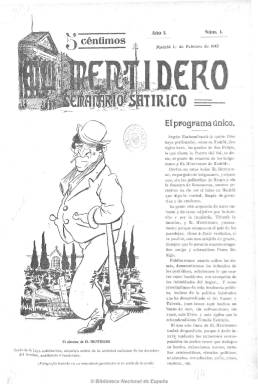
Título: El Mentidero (Madrid)
Colección: Revistas satíricas y humorísticas
Ámbito geográfico: Madrid
Lugar de publicación: Madrid
Fechas: 01/02/1913-15/04/1922

Semanario satírico, dirigido y redactado en su mayor parte por el monárquico-católico Manuel Delgado Barreto (1879-1936), quien pretenderá, sin conseguirlo del todo, seguir la estela del periodismo humorístico político conservador que había dejado la revista Gedeón (1895-1912), a través de invectivas “sin ingenio y puramente horteras”, según palabras de Miguel Mihura, llevadas a cabo por un “escritor vulgar de estilo ácido”, como así calificará Antonio Espina al periodista de origen tinerfeño. Comienza a salir el uno de febrero de 1913, en números de ocho páginas, y después de que el propio Delgado Barreto alcanzará un escaño de diputado en abril de ese año, en la primavera del siguiente adscribirá su publicación a Antonio Maura (1853-1925). Sus campañas de ridiculización y “sátira sangrienta” estuvieron dirigidas a combatir a los que combatían al maurismo, afectando tanto a los líderes oficiales del Partido Conservador como a los del Partido Liberal. Por ejemplo, para identificar al conservador Eduardo Dato (1859-1935) usará el apelativo “Cerato simple”; para el liberal conde de Romanones (1863-1950), “Don Álvaro del Ventilador y la Fresquera”, y para el republicano dirigente del Partido Reformista, Melquíades Álvarez (1864-1936), el de “Cotorrita”. Pero a Maura siempre lo llamará “Don Antonio”.

La revista contará con un protagonista propio, “Don Feliz del Mamporro y de la Sonrisa”, un personaje madrileño de características castizas y chulescas, cuya sección será obra del propio Delgado Barreto, aunque Gómez Aparicio se la atribuya al médico Eduardo C. Gereda. Dedicó mayor espacio a la sátira política e insertó (a modo de coleccionable) un diccionario de este carácter, pero también tuvo secciones de chismografía teatral y taurina. Y aunque la mayor parte de sus textos carecen de firma, entre sus principales colaboradores estuvieron Juan Delgado Barreto (1887-1862) y Ángel  González de Mendoza, hermano y yerno del director, respectivamente; así como los periodistas Juan Manuel Mata Domínguez (1875-1974) y Agustín Rodríguez Bonnat (1873-1925). Y entre sus caricaturistas, Francisco López Rubio (1895-1963) y Gerardo Fernández de la Reguera (1881-1936), que utilizó el seudónimo Areuger.

El mentidero alcanzará gran popularidad y tiradas de hasta 200.000 ejemplares, que, junto a la abundante publicidad comercial inserta en sus páginas, supondrá una empresa privada que dio grandes beneficios a su director, permitiéndole adquirir imprenta propia. Salía los sábados y su paginación aumentó a doce y después a 16 páginas. Sin embargo, su vida se fue debilitando al tiempo en que lo hacía el maurismo. A la colección de la Biblioteca Nacional de España le falta el año 1918, y el número 476 es el último, correspondiente al 15 de abril de 1922.

Al tiempo que Delgado Barreto edita su revista satírica, dirigirá el también maurista vespertino La acción (1916-1924). Y tras este, La nación (1925-1931), el diario defensor de la Unión Pariótica y oficioso de la dictadura de Miguel Primo de Rivera (1870-1930). Seguidamente dirigirá el satírico católico Gracia y justicia (1931-1936), así como el único número de El Fascio, de 16 de marzo de 1933. Recuperará la cabecera de El mentidero el 10 de julio de 1936, editando sólo dos números, y es fusilado en Paracuellos, junto al citado Gerardo Fernández, el siete de noviembre de 1936.